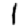
Digit: 1